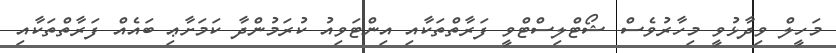
މަހީލް ވިދާޅުވީ މިހާރުވެސް ޝޯޓްލިސްޓްވީ ފަރާތްތަކާއި އިންޓަވިއު ކުރަމުންދާ ކަމަށާޢި ބައެއް ފަރާތްތަކާއި